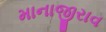
માનાજીરાવ